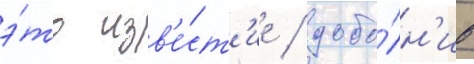
э́то изв'е́ст'ие / допо́лн'ив